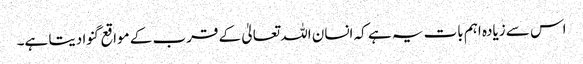
اس سے زیادہ اہم بات یہ ہے کہ انسان اللہ تعالیٰ کے قرب کے مواقع گنوا دیتا ہے۔